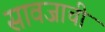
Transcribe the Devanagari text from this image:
सावजाची